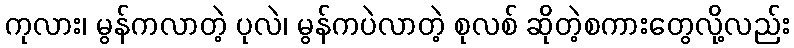
ကုလား၊ မွန်ကလာတဲ့ ပုလဲ၊ မွန်ကပဲလာတဲ့ စုလစ် ဆိုတဲ့စကားတွေလို့လည်း